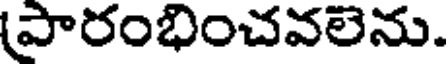
పారంభించవలెను.